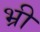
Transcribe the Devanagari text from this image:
भ्री